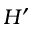
H ^ { \prime }